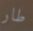
طار